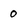
Character: 0